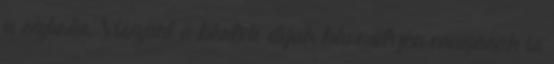
a szórás. Viszont a bérleti díjak bármilyen magasak is